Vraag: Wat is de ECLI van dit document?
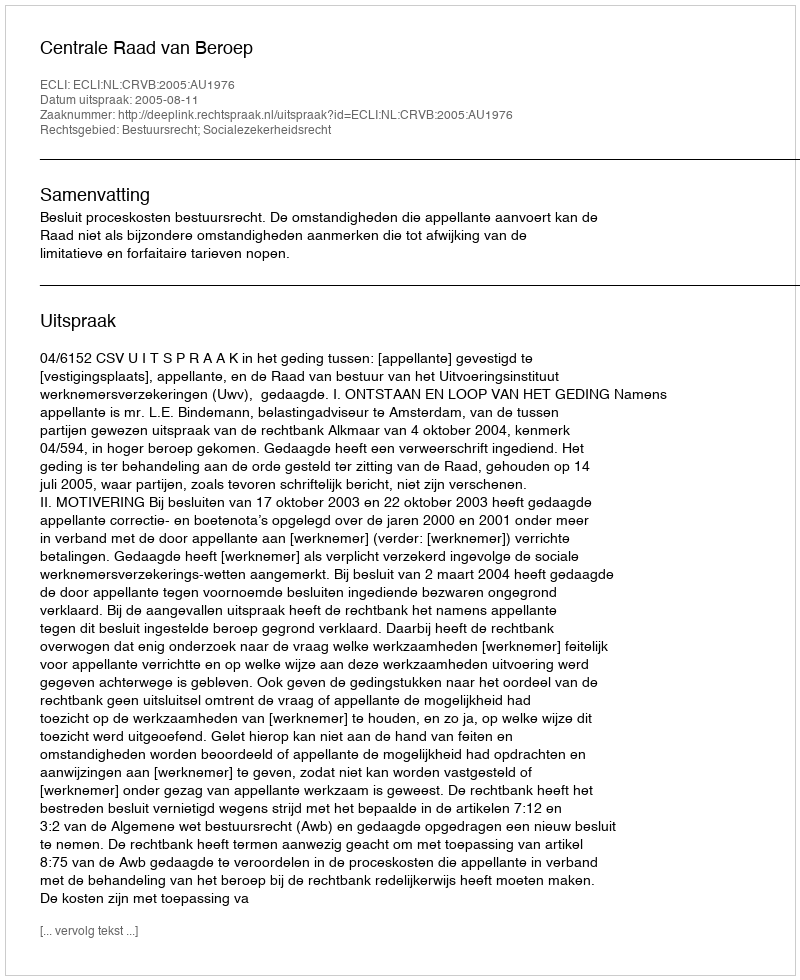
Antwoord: ECLI:NL:CRVB:2005:AU1976